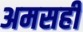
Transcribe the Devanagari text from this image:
अमसहीं